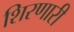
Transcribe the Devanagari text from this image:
शिरणारी